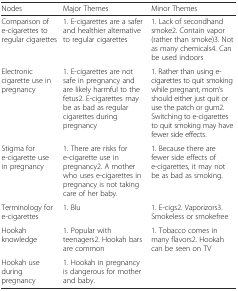
<table><thead><tr><td><b>Nodes</b></td><td><b>Major Themes</b></td><td><b>Minor Themes</b></td></tr></thead><tbody><tr><td>Comparison of e-cigarettes to regular cigarettes</td><td>1. E-cigarettes are a safer and healthier alternative to regular cigarettes</td><td>1. Lack of secondhand smoke2. Contain vapor (rather than smoke)3. Not as many chemicals4. Can be used indoors</td></tr><tr><td>Electronic cigarette use in pregnancy</td><td>1. E-cigarettes are not safe in pregnancy and are likely harmful to the fetus2. E-cigarettes may be as bad as regular cigarettes during pregnancy</td><td>1. Rather than using e-cigarettes to quit smoking while pregnant, mom’s should either just quit or use the patch or gum2. Switching to e-cigarettes to quit smoking may have fewer side effects.</td></tr><tr><td>Stigma for e-cigarette use in pregnancy</td><td>1. There are risks for e-cigarette use in pregnancy2. A mother who uses e-cigarettes in pregnancy is not taking care of her baby.</td><td>1. Because there are fewer side effects of e-cigarettes, it may not be as bad as smoking.</td></tr><tr><td>Terminology for e-cigarettes</td><td>1. Blu</td><td>1. E-cigs2. Vaporizors3. Smokeless or smokefree</td></tr><tr><td>Hookah knowledge</td><td>1. Popular with teenagers2. Hookah bars are common</td><td>1. Tobacco comes in many flavors2. Hookah can be seen on TV</td></tr><tr><td>Hookah use during pregnancy</td><td>1. Hookah in pregnancy is dangerous for mother and baby.</td><td></td></tr></tbody></table>